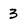
Character: 3